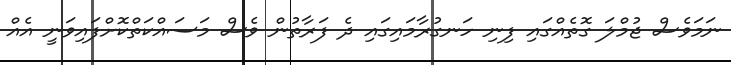
ނަމަވެސް ޖުމްލަ ގޮތެއްގައި ފިނި ހަނގުރާމައިގައި ދެ ފަރާތުން ވެސް މަސައްކަތްކޮށްފައިވަނީ އެއް